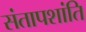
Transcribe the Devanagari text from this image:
संतापशांति